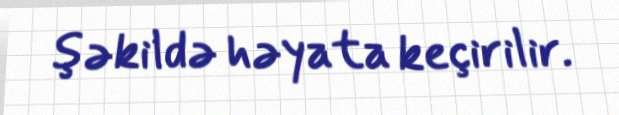
şəkildə həyata keçirilir.